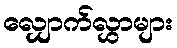
လျှောက်လွှာများ